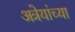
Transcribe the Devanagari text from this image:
अत्रेयांच्या